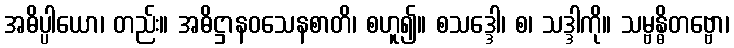
အဓိပ္ပါယော၊ တည်း။ အဓိဋ္ဌာနဝသေနစာတိ၊ စဟူ၍။ စသဒ္ဒေါ၊ စ၊ သဒ္ဒါကို။ သမ္ဗန္ဓိတဗ္ဗော၊